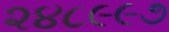
૨૪૮૯૯૭